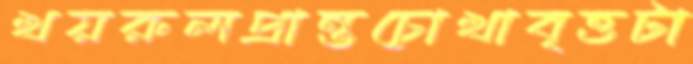
খয়রুলপ্রান্তচোখাবৃত্তটা